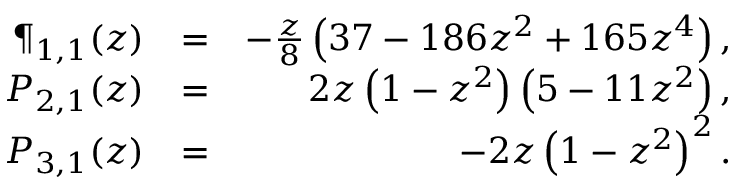
\begin{array} { r l r } { \P _ { 1 , 1 } ( z ) } & { = } & { - \frac { z } { 8 } \left( 3 7 - 1 8 6 z ^ { 2 } + 1 6 5 z ^ { 4 } \right) , } \\ { P _ { 2 , 1 } ( z ) } & { = } & { 2 z \left( 1 - z ^ { 2 } \right) \left( 5 - 1 1 z ^ { 2 } \right) , } \\ { P _ { 3 , 1 } ( z ) } & { = } & { - 2 z \left( 1 - z ^ { 2 } \right) ^ { 2 } . } \end{array}